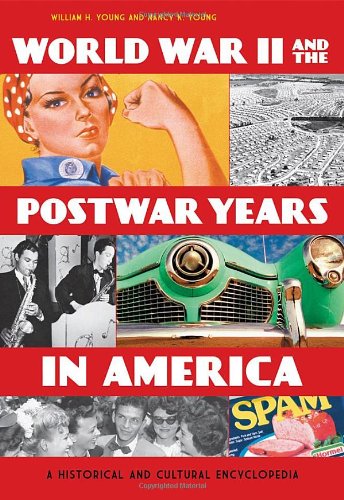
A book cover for World War II and the Postwar Years in America [2 volumes]: A Historical and Cultural Encyclopedia; William H. Young; Reference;